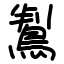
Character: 鵥